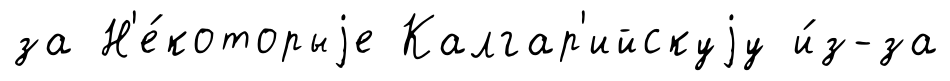
за Н'е́которыjе Калгар'ийскуjу и́з-за